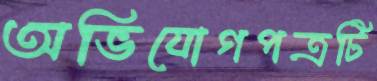
অভিযোগপত্রটি